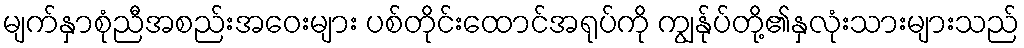
မျက်နှာစုံညီအစည်းအဝေးများ ပစ်တိုင်းထောင်အရုပ်ကို ကျွန်ုပ်တို့၏နှလုံးသားများသည်